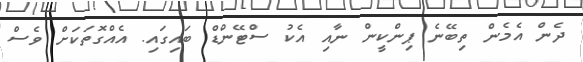
ދެން އެމެން ތިބޭނެ ޕިންކީން ނާއި އެކު ސްޓޭންޑް ބައިގައި. އެއްގޮތަކަށް ވެސް